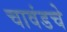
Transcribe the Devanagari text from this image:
चावंडचे